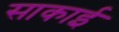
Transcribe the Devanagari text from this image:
साकाई